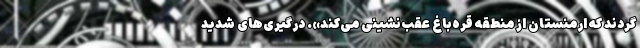
گردند که ارمنستان از منطقه قره‌باغ عقب‌نشینی می‌کند». درگیری‌های شدید